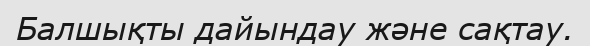
Балшықты дайындау және сақтау.